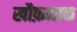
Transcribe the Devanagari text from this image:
खौफ़नाक